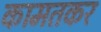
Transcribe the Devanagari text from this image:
कामतकर